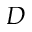
D